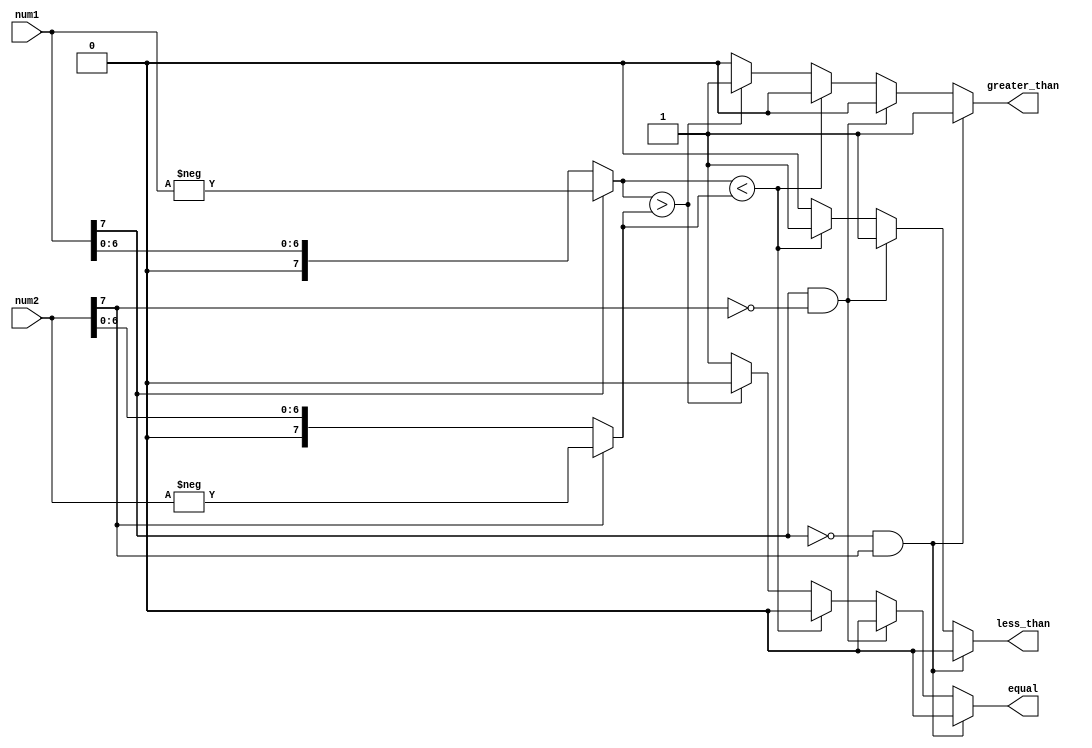
module signed_magnitude_comparator (
    input signed [7:0] num1,
    input signed [7:0] num2,
    output reg less_than,
    output reg greater_than,
    output reg equal
);

reg sign1, sign2;
reg [7:0] abs_num1, abs_num2;

// Analyze sign bits
assign sign1 = num1[7];
assign sign2 = num2[7];

// Calculate absolute values
assign abs_num1 = (sign1) ? -num1 : num1;
assign abs_num2 = (sign2) ? -num2 : num2;

// Compare sign bits
always @* begin
    if (sign1 == 0 && sign2 == 1) begin
        less_than = 0;
        greater_than = 1;
        equal = 0;
    end
    else if (sign1 == 1 && sign2 == 0) begin
        less_than = 1;
        greater_than = 0;
        equal = 0;
    end
    else begin
        // Compare absolute values
        if (abs_num1 < abs_num2) begin
            less_than = 1;
            greater_than = 0;
            equal = 0;
        end
        else if (abs_num1 > abs_num2) begin
            less_than = 0;
            greater_than = 1;
            equal = 0;
        end
        else begin
            less_than = 0;
            greater_than = 0;
            equal = 1;
        end
    end
end

endmodule